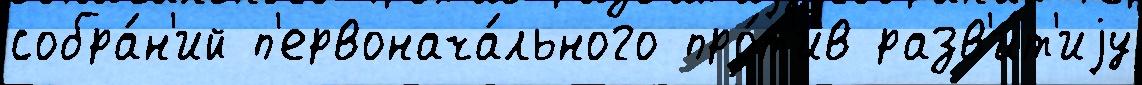
собра́н'ий п'ервонача́льного про́т'ив разв'и́т'иjу